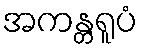
အကန္တရူပံ